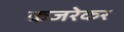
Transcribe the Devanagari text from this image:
कजरेकर